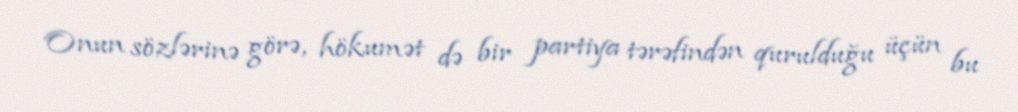
Onun sözlərinə görə, hökumət də bir partiya tərəfindən qurulduğu üçün bu